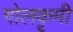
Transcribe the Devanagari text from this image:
गोलकृमी